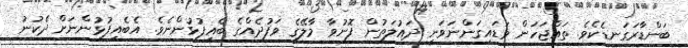
ބަންޑާރަގަނޑެކެވެ. ތައްޖަހަން ވަޑައިގަންނަވަނީ ދައުލަތުން ފޮނުވާ މާލޭގެ ވަފުދެއްގެ ބެއިފުޅުންނެވެ. އެބެއިފުޅުންނަށް ދެކުނު